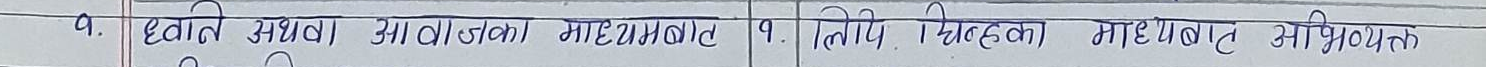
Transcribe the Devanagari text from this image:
१. ध्वनि अथवा आवाजको माध्यमबाट
१. लिपी चिन्हको माध्यमबाट अभियुक्त